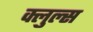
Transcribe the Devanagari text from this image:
क्लुल्स